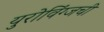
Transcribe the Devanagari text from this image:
युरोविंग्जची